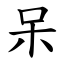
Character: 呆